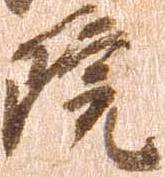
院